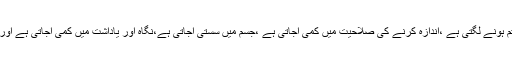
شراب نوشی سے جسم کی اعضاء کی ہم آہنگی ختم ہونے لگتی ہے ،اندازہ کرنے کی صلاحیت میں کمی آجاتی ہے ،جسم میں سستی آجاتی ہے،نگاہ اور یاداشت میں کمی آجاتی ہے اور کچھ نہ یاد رہنے جیسے مسائل پیدا ہو جاتے ہیں۔